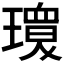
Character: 𱯫